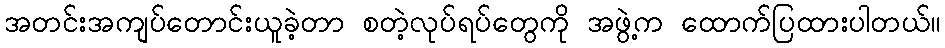
အတင်းအကျပ်တောင်းယူခဲ့တာ စတဲ့လုပ်ရပ်တွေကို အဖွဲ့က ထောက်ပြထားပါတယ်။